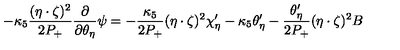
- \kappa _ { 5 } \frac { ( \eta \cdot \zeta ) ^ { 2 } } { 2 P _ { + } } \frac { \partial } { \partial \theta _ { \eta } } \psi = - \frac { \kappa _ { 5 } } { 2 P _ { + } } ( \eta \cdot \zeta ) ^ { 2 } \chi _ { \eta } ^ { \prime } - \kappa _ { 5 } \theta _ { \eta } ^ { \prime } - \frac { \theta _ { \eta } ^ { \prime } } { 2 P _ { + } } ( \eta \cdot \zeta ) ^ { 2 } B